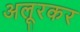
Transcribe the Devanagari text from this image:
अलूरकर